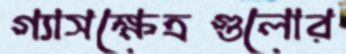
গ্যাসক্ষেত্রগুলোর